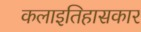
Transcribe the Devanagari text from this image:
कलाइतिहासकार